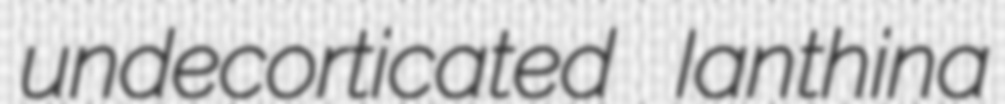
undecorticated Ianthina